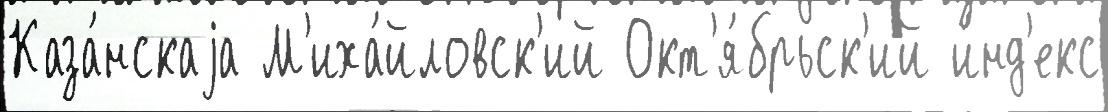
Каза́нскаjа М'иха́йловск'ий Окт'я́брьск'ий и́нд'екс